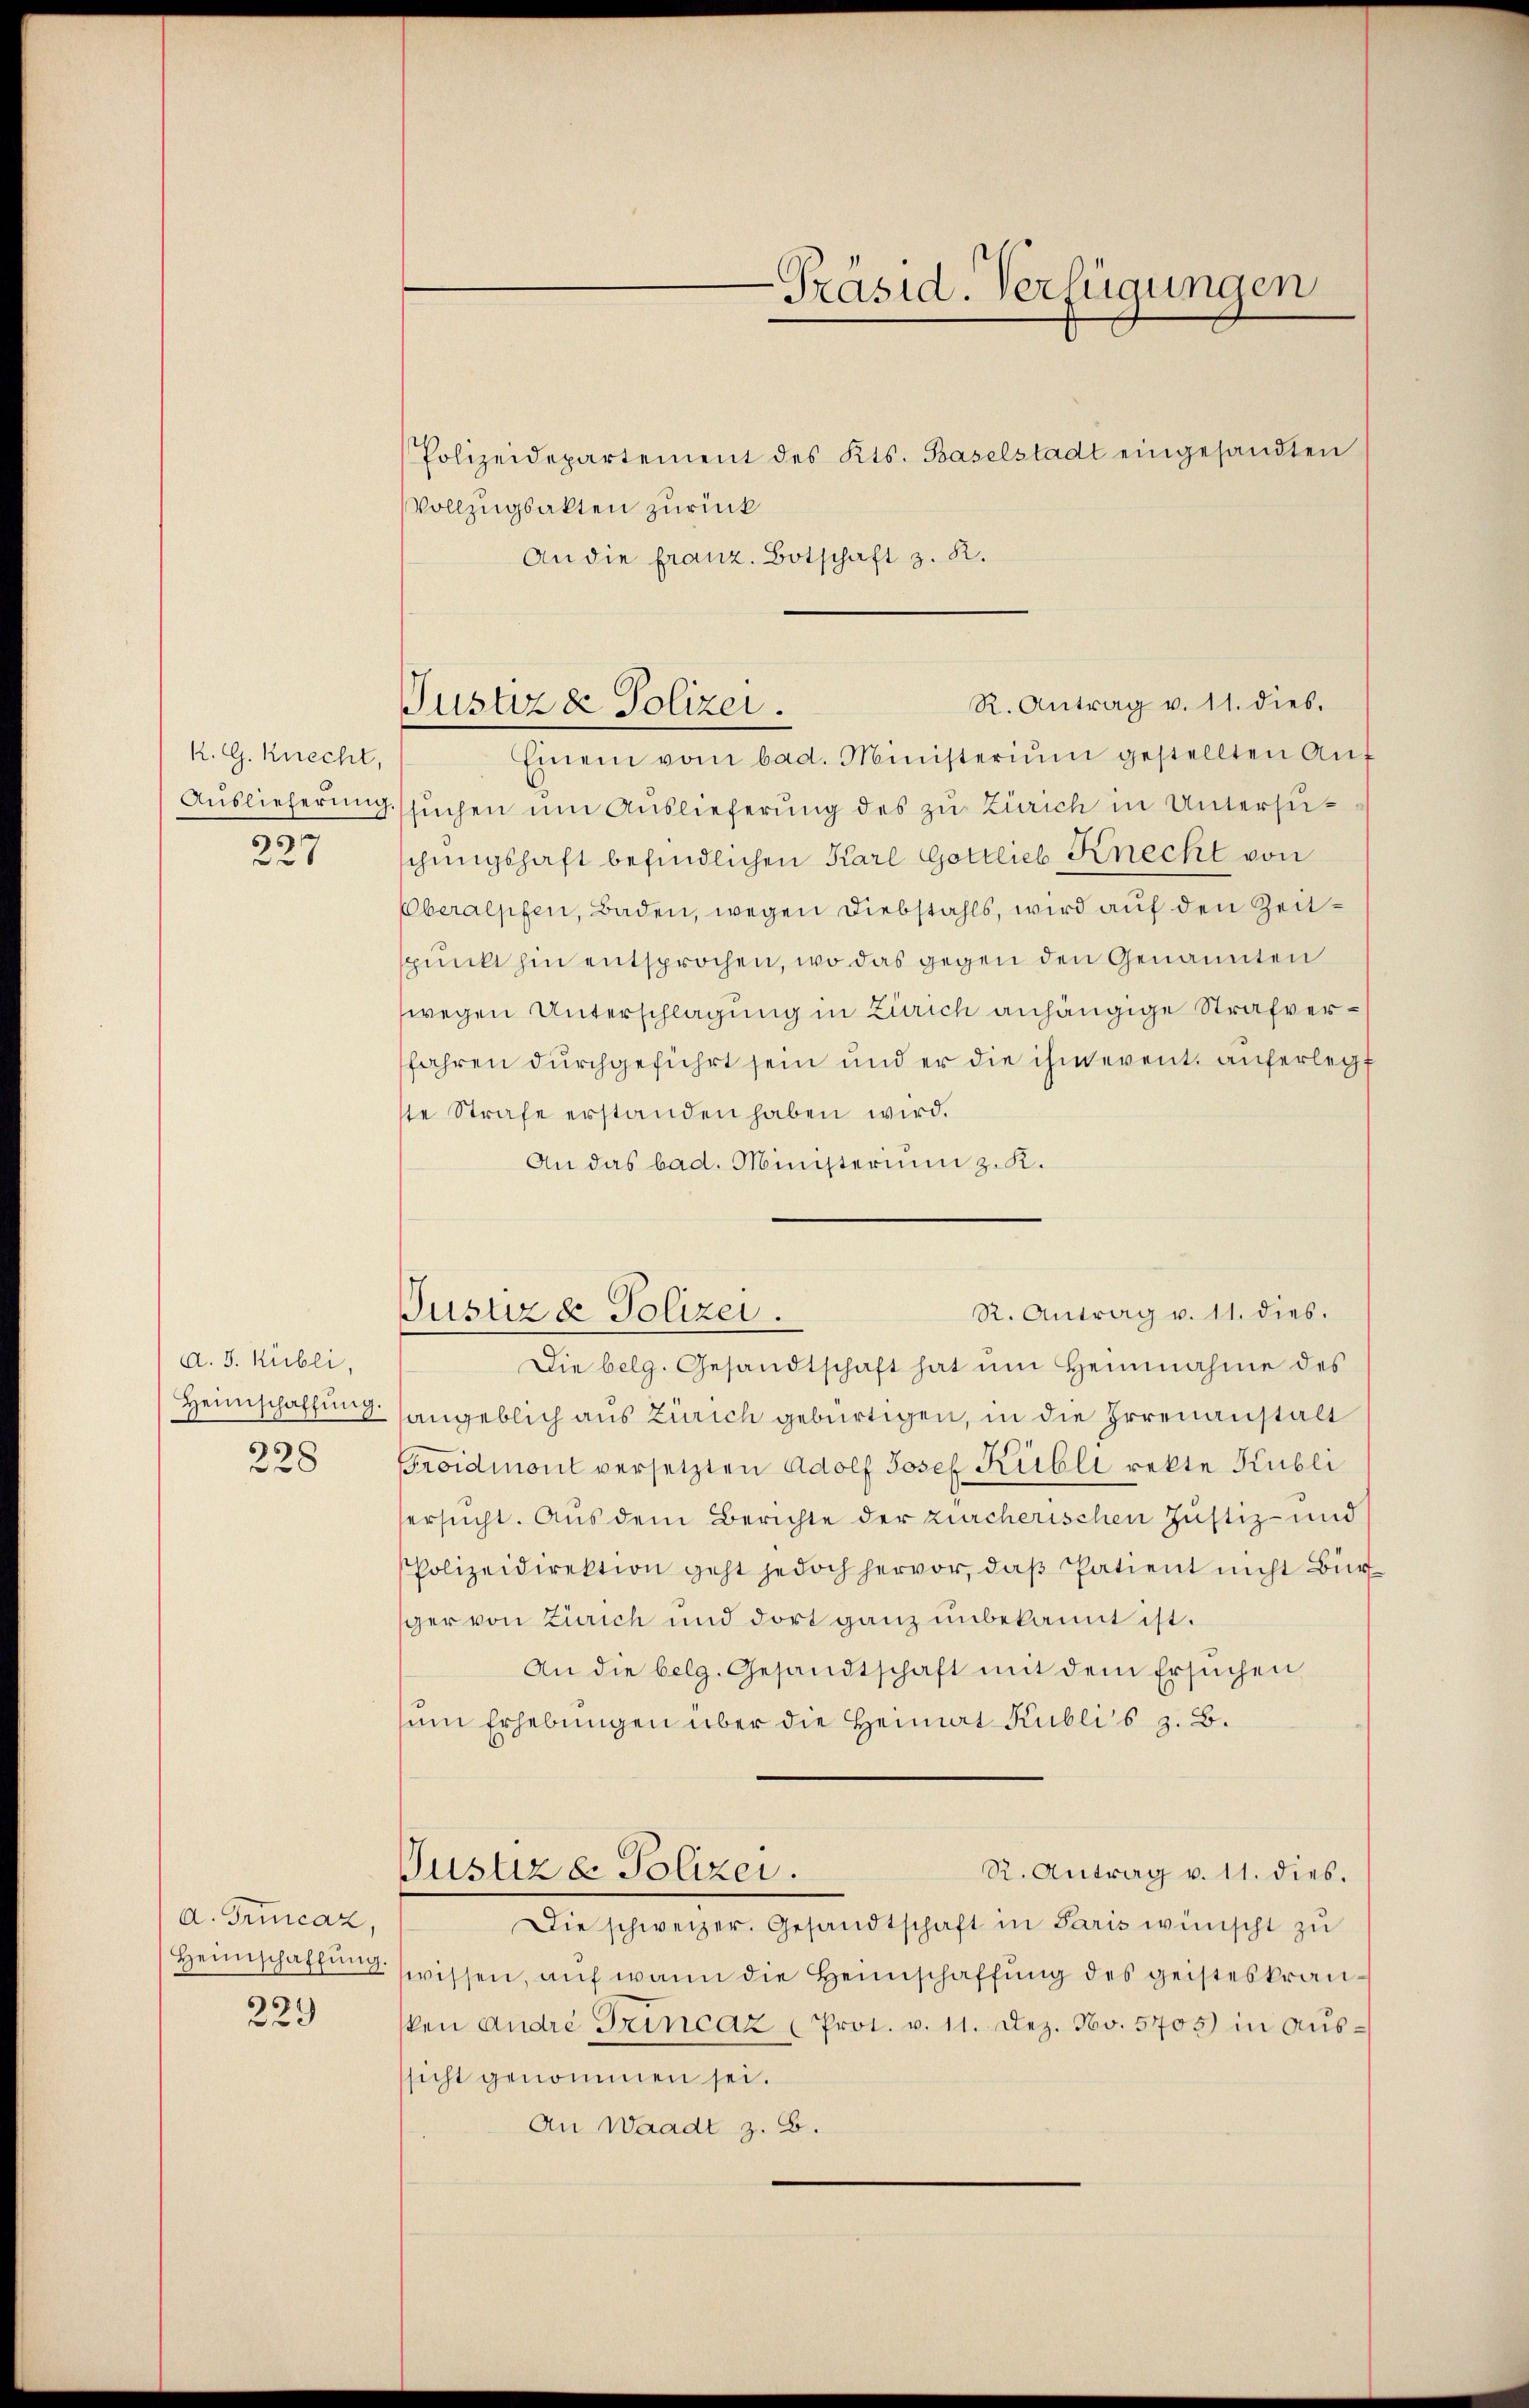
K. G. Knecht,
Auslieferung
5
6

A. J. Kubli,
Heimschaffung.
228

A. Trincaz,
Heimschaffŭng.

239

R. Antrag v. 11. dies.
Justiz & Polizei.

Polizeidepartement des Kts. Baselstadt eingesandten
Vollzugsakten zurück
An die franz. Botschaft z. R.
Einem vom bad. Ministerium gestellten Auf
suchen um Auslieferung des zu Zürich in Untersuschungshaft befindlichen Karl Gottlieb Knecht von
Oberalpfen, Baden, wegen Diebstahls, wird auf den Zeitspunkt hin entsprochen, wo das gegen den Genannten
wegen Unterschlagung in Zürich anhängige Strafverfahren durchgeführt sein und er die ihm event. auferlegt
ste Strafe erstanden haben wird.
An das bad. Ministerium z. K.
R. Antrag v. 11. dies.
Justiz & Polizei.
Die belg. Gesandtschaft hat im Heinnahme des
angeblich aus Zürich gebürtigen, in die Irrenanstalt
Eroidmont versetzten Adolf Josef Kubli rekte Kubli
ersucht. Aus dem Berichte der zürcherischen Justiz- und
Polizeidirektion geht jedoch hervor, daß Patient nicht Bür
sger von Zürich und dort ganz unbekannt ist.
An die belg. Gesandtschaft mit dem Ersuchen,
sum Erhebungen über die Heimat Kublis z. B.
R. Antrag v. 11. dies.
Justiz & Polizei.
Die schweizer. Gesandtschaft in Paris wünscht zu
wissen, auf wenn die Heimschaffung des geisteskransken andre Trincaz (Prot. v. 11. Dez. No. 5705 in Ausssicht genommen sei.
An Waadt z. B.

-Präsid. Verfügungen